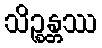
သိဉ္စန္တဿ